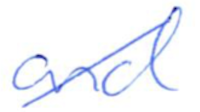
Text: and
Cross-out: diagonal
Writing tool: ballpoint